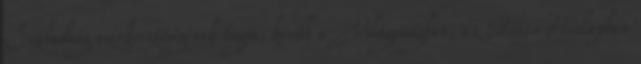
Szabadság szerkesztőségének tagja, később a Világosságban, az Esti Hírlapban